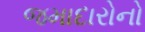
જમાદારોનો